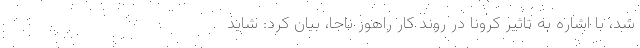
شد، با اشاره به تاثیر کرونا در روند کار راهور ناجا، بیان کرد: شاید